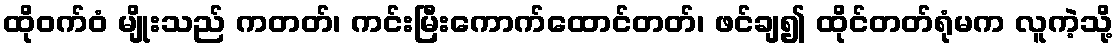
ထိုဝက်ဝံ မျိုးသည် ကတတ်၊ ကင်းမြီးကောက်ထောင်တတ်၊ ဖင်ချ၍ ထိုင်တတ်ရုံမက လူကဲ့သို့